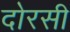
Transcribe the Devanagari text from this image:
दोरसी